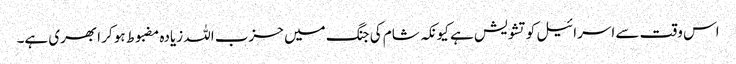
اس وقت سے اسرائیل کو تشویش ہے کیونکہ شام کی جنگ میں حزب اللہ زیادہ مضبوط ہو کر ابھری ہے۔